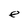
Character: e